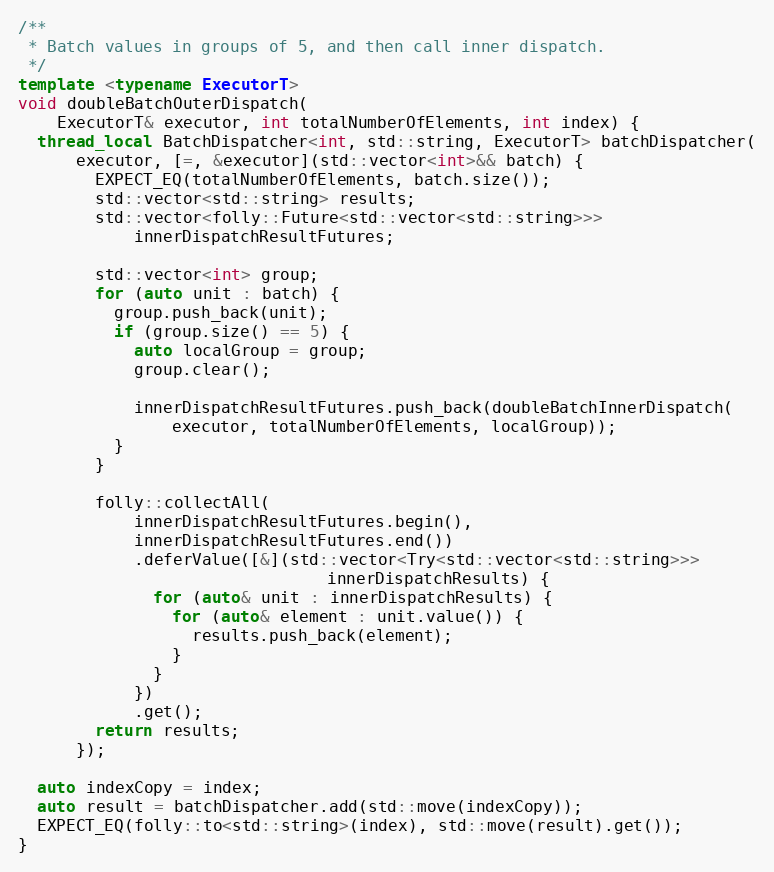
Language: C++
/**
 * Batch values in groups of 5, and then call inner dispatch.
 */
template <typename ExecutorT>
void doubleBatchOuterDispatch(
    ExecutorT& executor, int totalNumberOfElements, int index) {
  thread_local BatchDispatcher<int, std::string, ExecutorT> batchDispatcher(
      executor, [=, &executor](std::vector<int>&& batch) {
        EXPECT_EQ(totalNumberOfElements, batch.size());
        std::vector<std::string> results;
        std::vector<folly::Future<std::vector<std::string>>>
            innerDispatchResultFutures;

        std::vector<int> group;
        for (auto unit : batch) {
          group.push_back(unit);
          if (group.size() == 5) {
            auto localGroup = group;
            group.clear();

            innerDispatchResultFutures.push_back(doubleBatchInnerDispatch(
                executor, totalNumberOfElements, localGroup));
          }
        }

        folly::collectAll(
            innerDispatchResultFutures.begin(),
            innerDispatchResultFutures.end())
            .deferValue([&](std::vector<Try<std::vector<std::string>>>
                                innerDispatchResults) {
              for (auto& unit : innerDispatchResults) {
                for (auto& element : unit.value()) {
                  results.push_back(element);
                }
              }
            })
            .get();
        return results;
      });

  auto indexCopy = index;
  auto result = batchDispatcher.add(std::move(indexCopy));
  EXPECT_EQ(folly::to<std::string>(index), std::move(result).get());
}